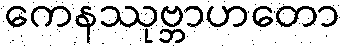
ကေနဿုဗ္ဘာဟတော